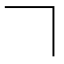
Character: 𠃍